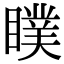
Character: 瞨